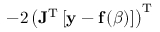
- 2 \left( \mathbf { J } ^ { \mathrm { T } } \left[ \mathbf { y } - \mathbf { f } \left( { \boldsymbol { \beta } } \right) \right] \right) ^ { \mathrm { T } }